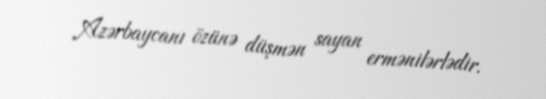
Azərbaycanı özünə düşmən sayan ermənilərlədir.